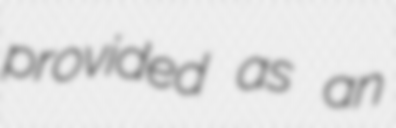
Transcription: provided as an